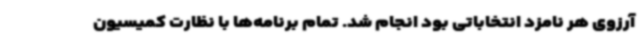
آرزوی هر نامزد انتخاباتی بود انجام شد. تمام برنامه‌ها با نظارت کمیسیون